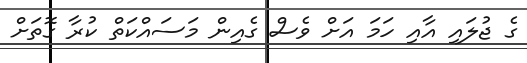
ގެ ޖުލައި އާއި ހަމަ އަށް ވެސް ގެއިން މަސައްކަތް ކުރާ ގޮތަށް